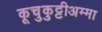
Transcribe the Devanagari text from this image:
कूचुकुट्टीअम्मा